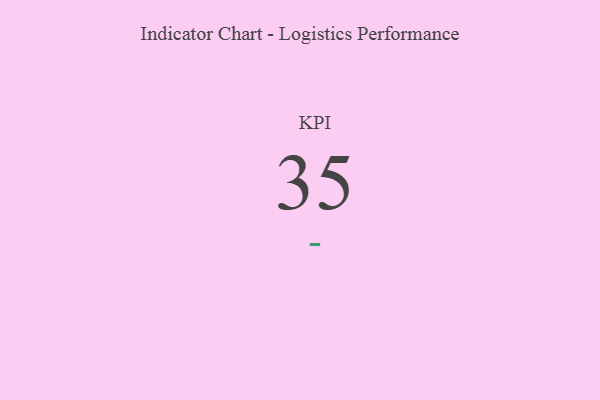
{"axis": {"x": "KPI", "y": "Value"}, "legend": [""], "data": [{"x": "KPI", "y": 35, "type": ""}]}